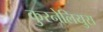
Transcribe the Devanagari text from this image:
कुरनेलियुस